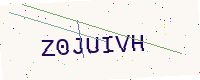
Text: Z0JUIVH